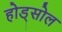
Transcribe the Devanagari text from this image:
होड्सोल